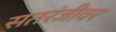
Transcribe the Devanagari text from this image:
सतरंजीवर